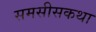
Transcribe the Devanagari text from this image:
समसीसकथा